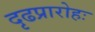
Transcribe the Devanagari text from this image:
दृढप्रारोहः